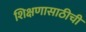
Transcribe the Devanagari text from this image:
शिक्षणासाठीची